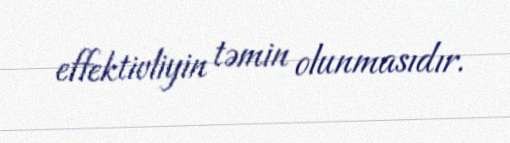
effektivliyin təmin olunmasıdır.